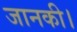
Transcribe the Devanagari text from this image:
जानकी।